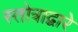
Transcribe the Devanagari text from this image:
स्तोत्राद्वारे